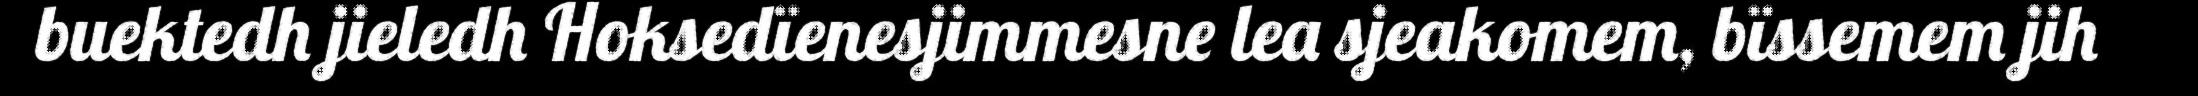
buektedh jieledh Hoksedïenesjimmesne lea sjeakomem, bïssemem jih